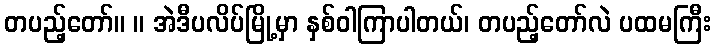
တပည့်တော်။ ။ အဲဒီပလိပ်မြို့မှာ နှစ်ဝါကြာပါတယ်၊ တပည့်တော်လဲ ပထမကြီး